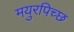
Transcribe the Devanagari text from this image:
मयुरपिच्छ